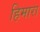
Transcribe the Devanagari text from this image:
हिमारा